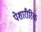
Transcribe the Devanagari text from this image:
पेशारीरिक